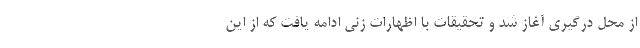
از محل درگیری آغاز شد و تحقیقات با اظهارات زنی ادامه یافت که از این